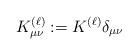
\begin{align*}K_{\mu\nu}^{(\ell)}:= K^{(\ell)} \delta_{\mu\nu}\end{align*}